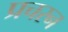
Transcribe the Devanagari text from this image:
प्रचरन